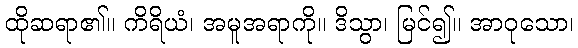
ထိုဆရာ၏။ ကိရိယံ၊ အမူအရာကို။ ဒိသွာ၊ မြင်၍။ အာဝုသော၊